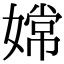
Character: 嫦